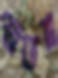
শুভন